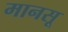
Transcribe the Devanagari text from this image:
मानसू